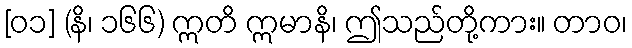
[၀၁] (နိ၊ ၁၆၆) ဣတိ ဣမာနိ၊ ဤသည်တို့ကား။ တာဝ၊